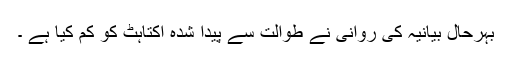
بہرحال بیانیہ کی روانی نے طوالت سے پیدا شدہ اکتاہٹ کو کم کیا ہے ۔